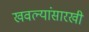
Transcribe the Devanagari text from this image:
खवल्यांसारखी